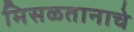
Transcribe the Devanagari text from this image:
मिसळतानाचे